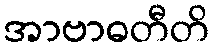
အာဗာဓတီတိ